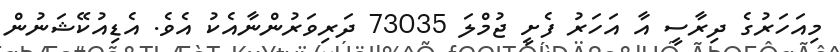
މިއަހަރުގެ ދިރާސީ އާ އަހަރު ފެށީ ޖުމްލަ 73035 ދަރިވަރުންނާއެކު އެވެ. އެޑިއުކޭޝަނުން